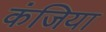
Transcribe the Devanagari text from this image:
कंजिया